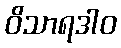
ဝိသာရဒါဝ